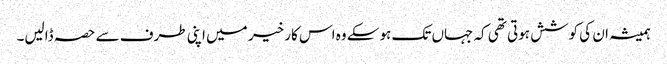
ہمیشہ ان کی کوشش ہوتی تھی کہ جہاں تک ہوسکے وہ اس کار خیر میں اپنی طرف سے حصہ ڈالیں۔